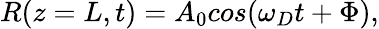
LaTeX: R(z=L,t)=A_{0}cos(\omega_{D}t+\Phi),